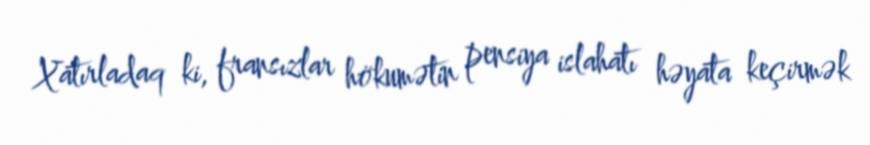
Xatırladaq ki, fransızlar hökumətin pensiya islahatı həyata keçirmək